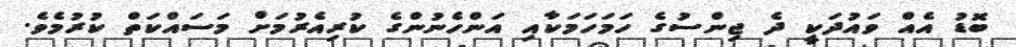
ބޮޑު އެއް ވައުދަކީ ދެ ޖިންސުގެ ހަމަހަމަކާއި އަންހެނުންގެ ކުރިއެރުމަށް މަސައްކަތް ކުރުމެވެ.